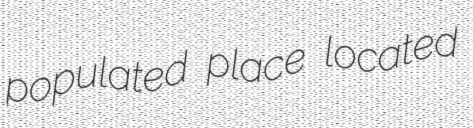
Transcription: populated place located